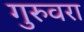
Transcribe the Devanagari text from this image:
गुरुवरा